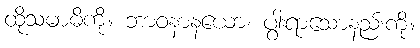
ထိုသမာဓိကို။ ဘာဝနာနယော၊ ပွါးရာသောနည်းကို။